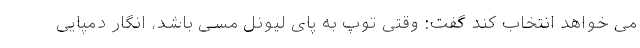
می خواهد انتخاب کند گفت: وقتی توپ به پای لیونل مسی باشد، انگار دمپایی